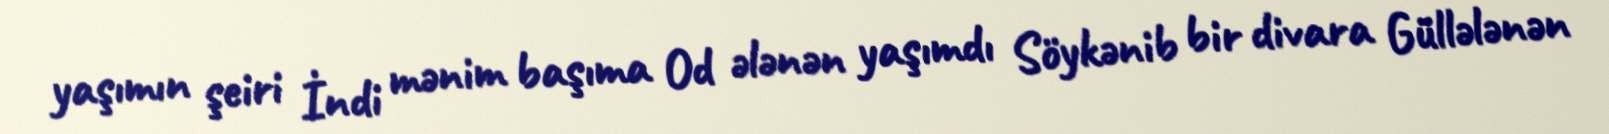
yaşımın şeiri İndi mənim başıma Od ələnən yaşımdı Söykənib bir divara Güllələnən